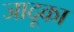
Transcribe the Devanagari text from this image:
जादूका